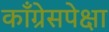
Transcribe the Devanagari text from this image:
काँग्रेसपेक्षा